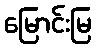
မြောင်းမြ